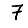
Digit: 7